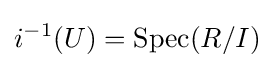
i^{-1}(U)=\operatorname {Spec} (R/I)